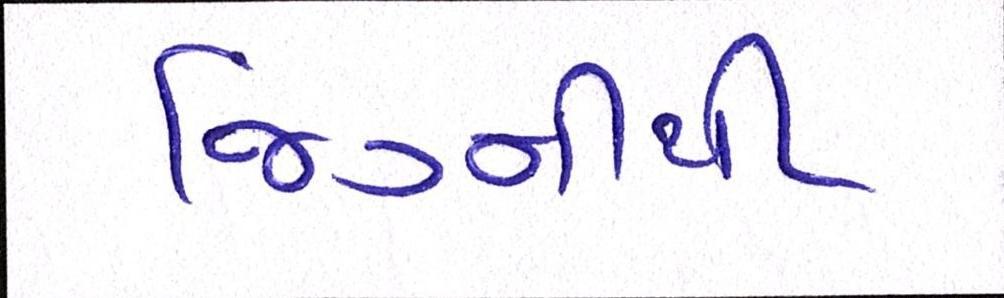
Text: જિગ્નીથી